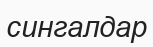
сингалдар